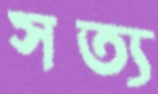
সত্য